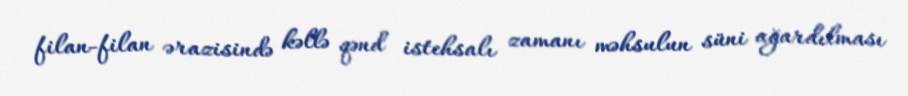
filan-filan ərazisində kəllə qənd istehsalı zamanı məhsulun süni ağardılması